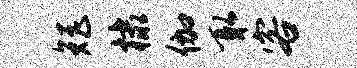
矩棣伽取客